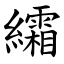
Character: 䌮